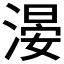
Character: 𣺂